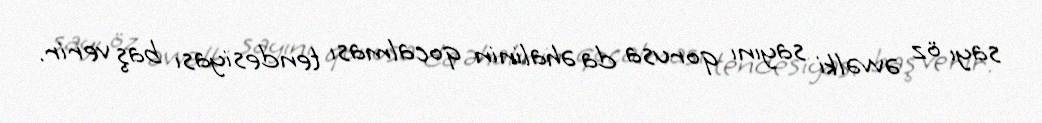
sayı öz əvvəlki sayını qorusa da əhalinin qocalması tendesiyası baş verir.